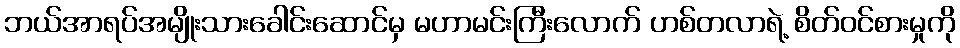
ဘယ်အာရပ်အမျိုးသားခေါင်းဆောင်မှ မဟာမင်းကြီးလောက် ဟစ်တလာရဲ့ စိတ်ဝင်စားမှုကို